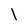
Character: l